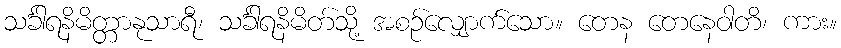
သင်္ခါရနိမိတ္တာနုသာရီ၊ သင်္ခါရနိမိတ်သို့ အစဉ်လျှောက်သော။ တေန တေနေဝါတိ၊ ကား။